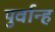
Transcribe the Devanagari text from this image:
पुर्वान्ह